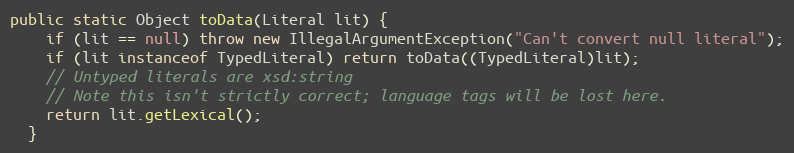
Language: Java
public static Object toData(Literal lit) {
    if (lit == null) throw new IllegalArgumentException("Can't convert null literal");
    if (lit instanceof TypedLiteral) return toData((TypedLiteral)lit);
    // Untyped literals are xsd:string
    // Note this isn't strictly correct; language tags will be lost here.
    return lit.getLexical();
  }